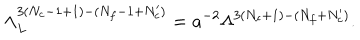
LaTeX: \Lambda _ { L } ^ { 3 ( N _ { c } - 1 + 1 ) - ( N _ { f } - 1 + N _ { c } ^ { \prime } ) } = a ^ { - 2 } \Lambda ^ { 3 ( N _ { c } + 1 ) - ( N _ { f } + N _ { c } ^ { \prime } ) } .